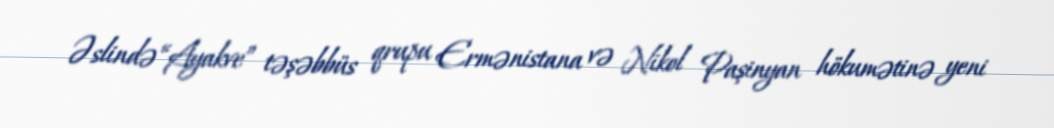
Əslində “Ayakve” təşəbbüs qrupu Ermənistana və Nikol Paşinyan hökumətinə yeni